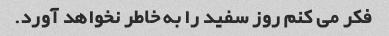
فکر می کنم روز سفید را به خاطر نخواهد آورد.